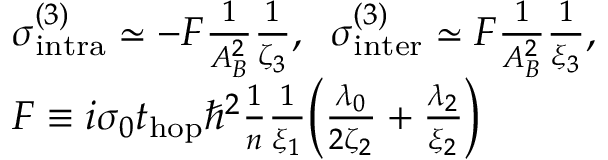
\begin{array} { r l } & { \sigma _ { \mathrm { i n t r a } } ^ { ( 3 ) } \simeq - F \frac { 1 } { A _ { B } ^ { 2 } } \frac { 1 } { \zeta _ { 3 } } , \; \; \sigma _ { \mathrm { i n t e r } } ^ { ( 3 ) } \simeq F \frac { 1 } { A _ { B } ^ { 2 } } \frac { 1 } { \xi _ { 3 } } , } \\ & { F \equiv i \sigma _ { 0 } t _ { \mathrm { h o p } } \hbar ^ { 2 } \frac { 1 } { n } \frac { 1 } { \xi _ { 1 } } \Bigl ( \frac { \lambda _ { 0 } } { 2 \zeta _ { 2 } } + \frac { \lambda _ { 2 } } { \xi _ { 2 } } \Bigl ) } \end{array}